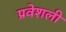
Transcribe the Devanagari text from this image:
प्रवेशली